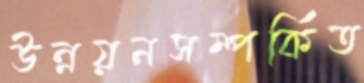
উন্নয়নসম্পর্কিত